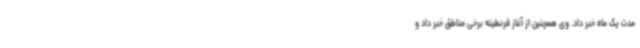
مدت یک ماه خبر داد. وی همچنین از آغاز قرنطینه برخی مناطق خبر داد و